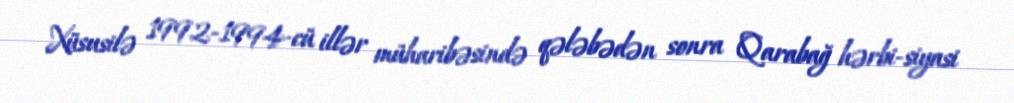
Xüsusilə 1992-1994-cü illər müharibəsində qələbədən sonra Qarabağ hərbi-siyasi